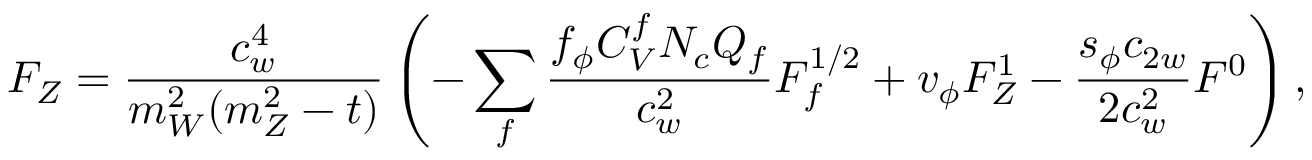
F _ { Z } = \frac { c _ { w } ^ { 4 } } { m _ { W } ^ { 2 } ( m _ { Z } ^ { 2 } - t ) } \left( - \sum _ { f } \frac { f _ { \phi } C _ { V } ^ { f } N _ { c } Q _ { f } } { c _ { w } ^ { 2 } } F _ { f } ^ { 1 / 2 } + v _ { \phi } F _ { Z } ^ { 1 } - \frac { s _ { \phi } c _ { 2 w } } { 2 c _ { w } ^ { 2 } } F ^ { 0 } \right) ,